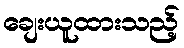
ချေးယူထားသည့်